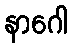
နာဂေါ